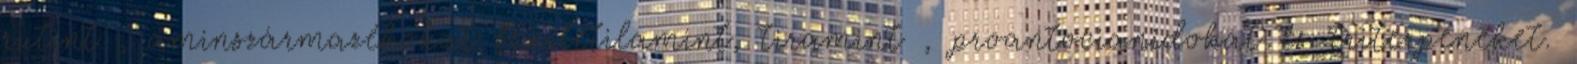
rutint , aminszármazékokat feniletilamint, tiramint , proantocianidokat és triterpéneket.